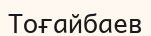
Тоғайбаев